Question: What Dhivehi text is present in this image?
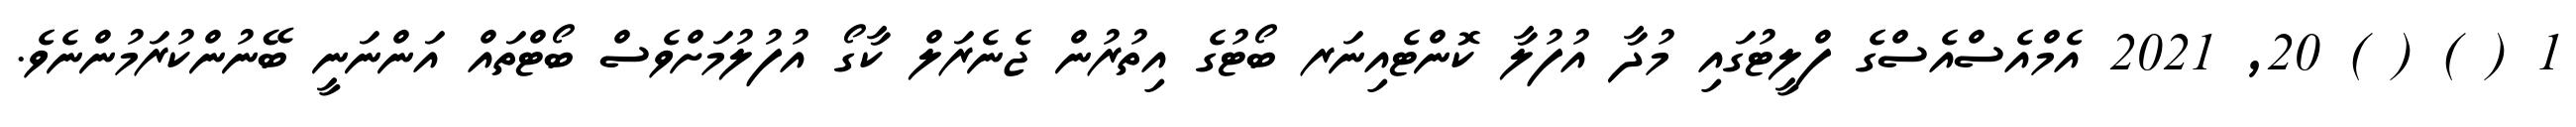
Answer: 1 ( ) ( ) 20, 2021 އެމްއެސްއެސްގެ ފްލީޓުގައި މުދާ އުފުލާ ކޮންޓެއިނަރ ބޯޓުގެ އިތުރުން ޖެނެރަލް ކާގޯ އުފުލުމަށްވެސް ބޯޓްތައް އަންނަނީ ބޭނުންކުރަމުންނެވެ.